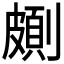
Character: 𠠉